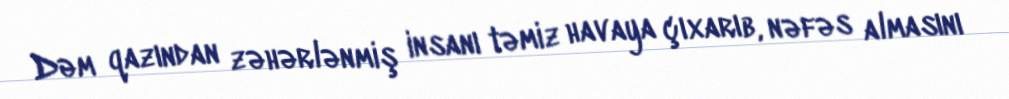
Dəm qazından zəhərlənmiş insanı təmiz havaya çıxarıb, nəfəs almasını